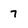
Character: 7